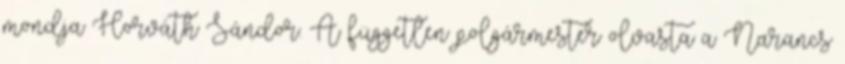
mondja Horváth Sándor. A független polgármester olvasta a Narancs